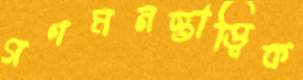
গণমনস্তাত্ত্বিক